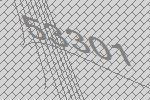
53301